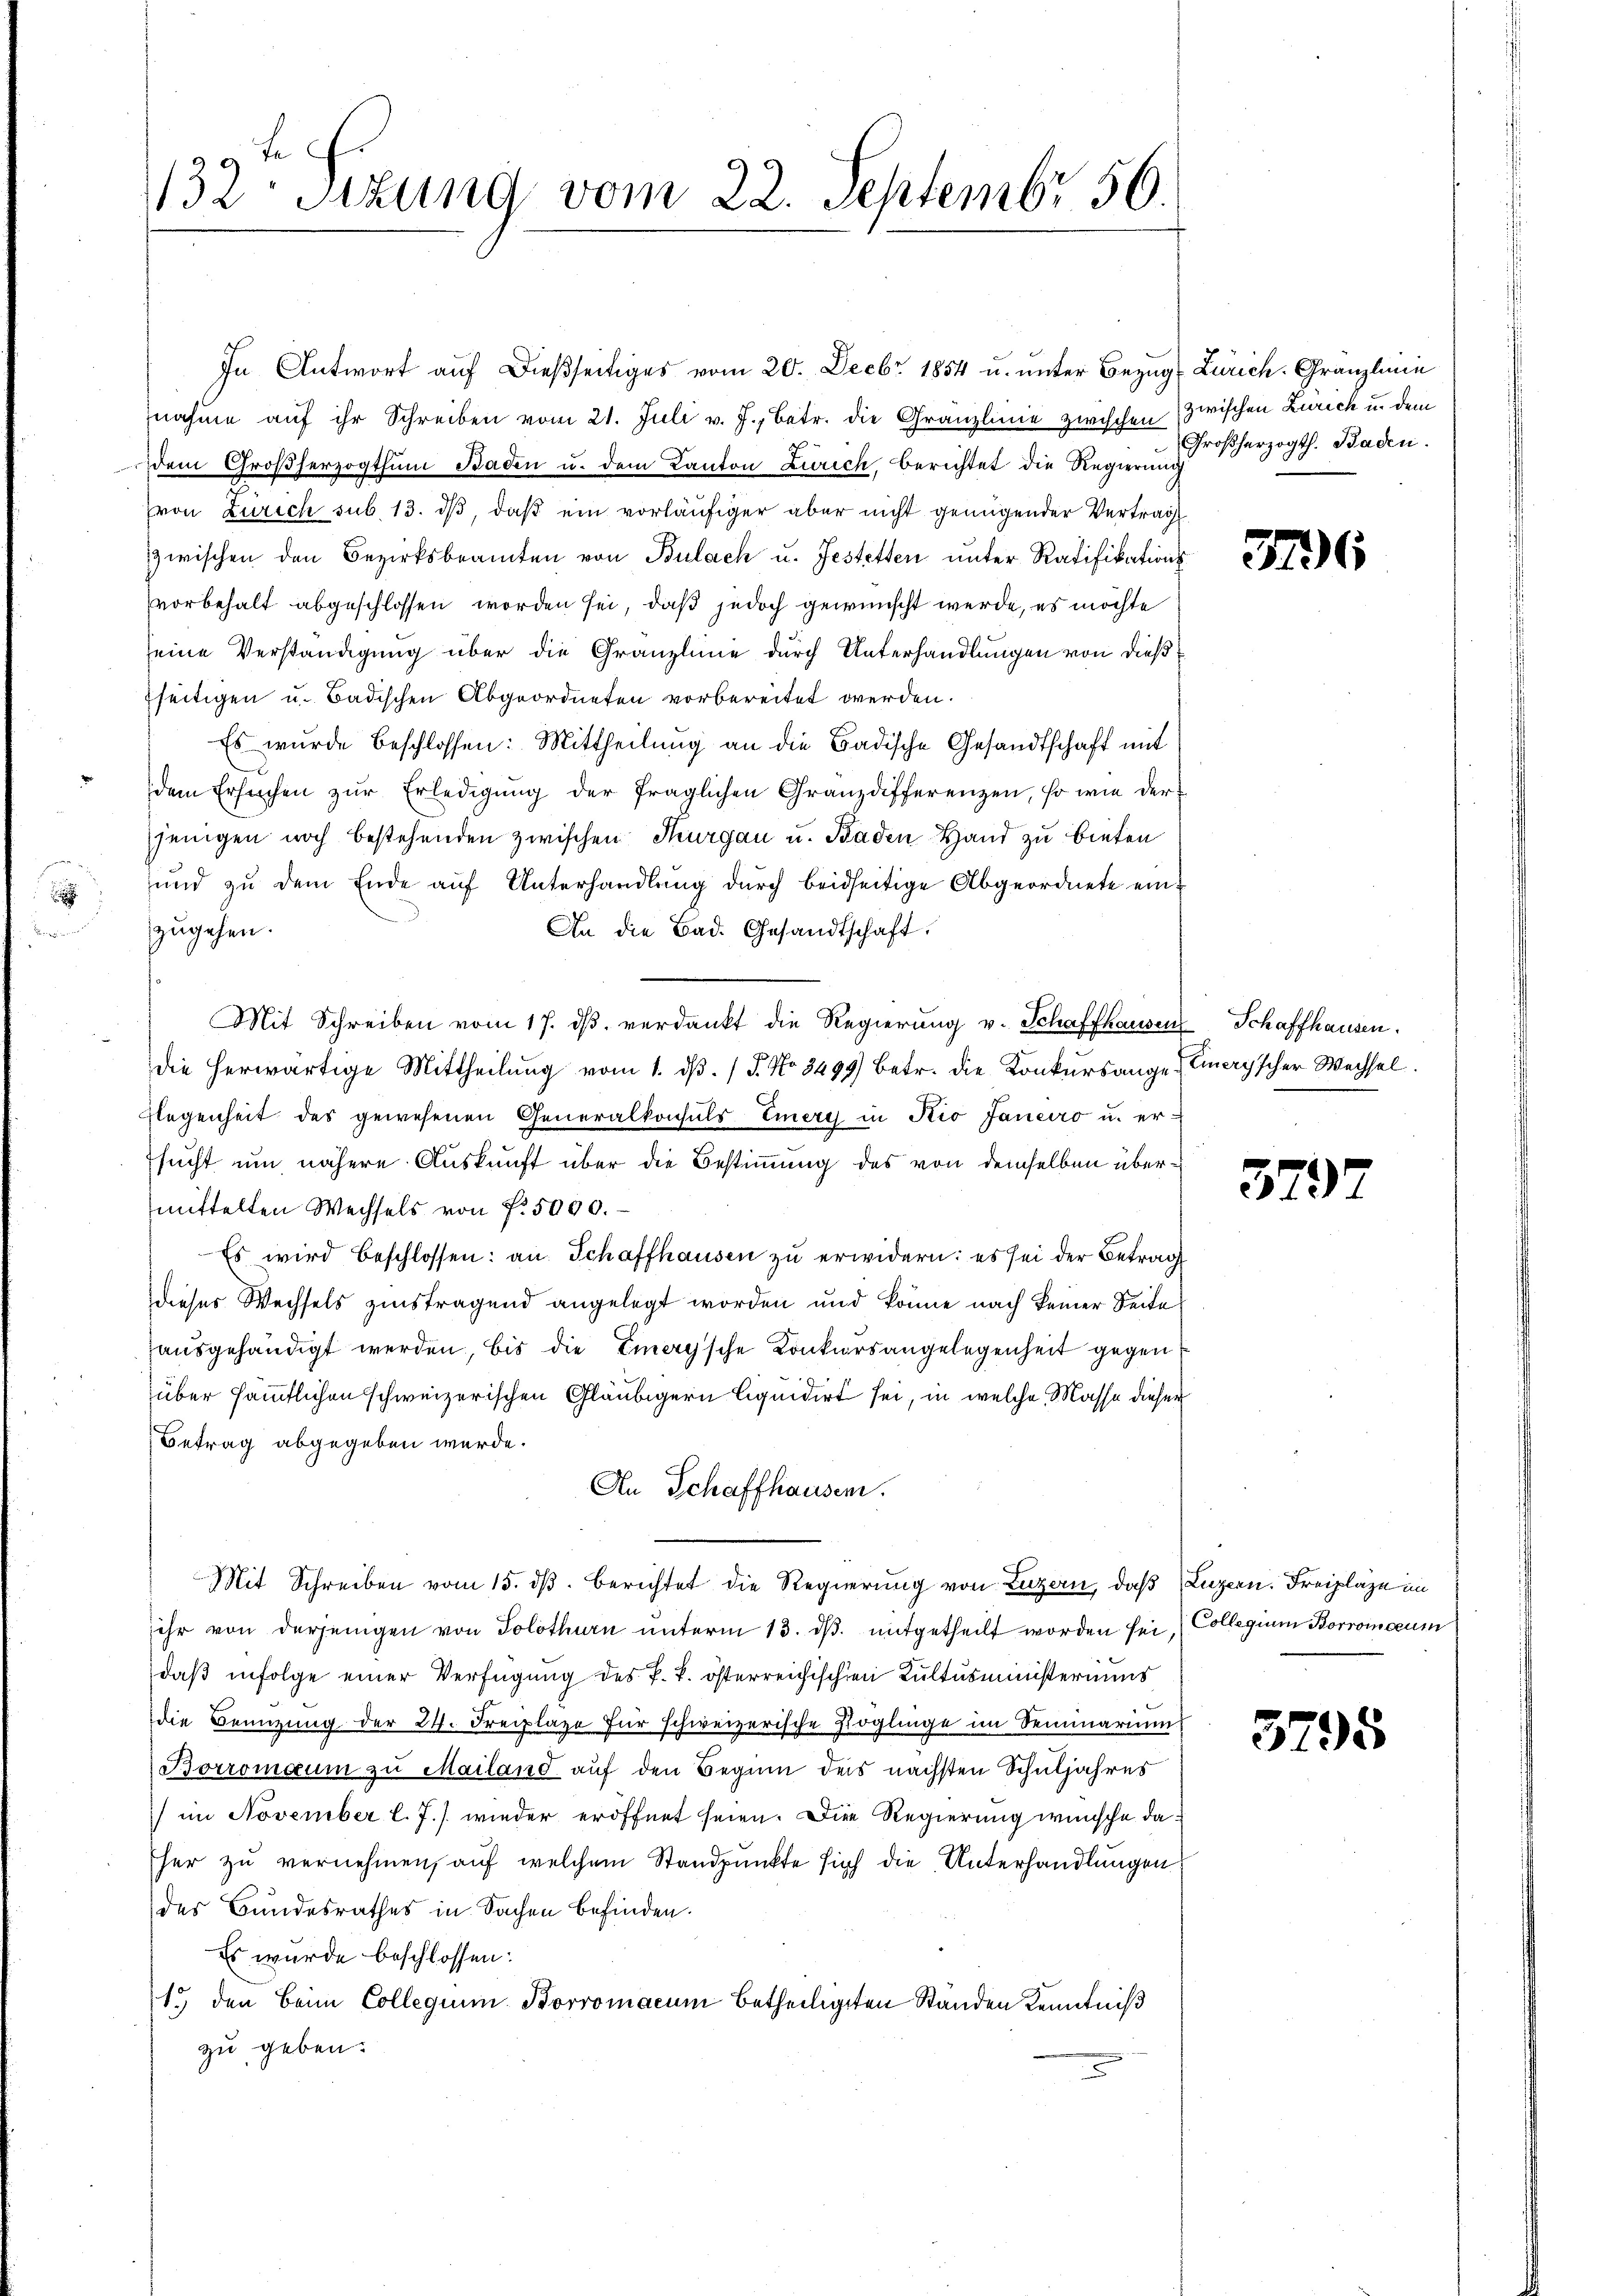
132 Sizung vom 22. Septembr 56.

In Antwort auf dießseitiges vom 20. Decbr 1854 u. unter Bezug Zürich. Granzlinie
nahme aŭf ihr Schreiben vom 21. Juli v. J., betr. die Granzlinie zwischen (zwischen Zürich u. dem
dem Großherzogthum Baden u. dem Kanton Zürich, berichtet die Regierŭng
von Zürich sub. 13. dβ, daß ein vorläufiger aber nicht genügender Vertrag
zwischen den Bezirksbeamten von Bulach u. Jestetten unter Ratifikationsvorbehalt abgeschlossen worden sei, daß jedoch gewünscht werde, es möchte
seine Verständigung über die Granzlinie durch Unterhandlungen von dießfseitigen u. Badischen Abgeordneten vorbereitet werden.
Es wurde beschlossen: Mittheilŭng an die Badische Gesandtschaft mit
dem Ersuchen zŭr Erledigŭng der fraglichen Granzdifferenzen, so wie derjenigen noch bestehenden zwischen Thurgau u. Baden Hand zu bieten
und zŭ dem Ende aŭf Unterhandlŭng dŭrch beidseitige Abgeordnete einzugehen.
An die Bad. Gesandtschaft.
Mit Schreiben vom 17. dβ verdankt die Regierŭng v. Schaffhausen Schaffhausen,
die herwärtige Mittheilŭng vom 1. dβ. / 5. No 3499) betr. die Konkursange Emery'scher Wechsel.
Rlegenheit des gewesenen Generalkonsuls Einers in Kio Janeiro u. er-
sucht um nähere Auskunft über die Bestimmung des von demselben übermittelten Wechsels von Fr. 5000.
Es wird beschlossen: an Schaffhausen zu erwidern: es sei der Betrag
dieses Wechsels zinsfragend angelegt worden und könne nach keiner Seite
ausgehändigt werden, bis die Eierysche Konkursangelegenheit gegen
über sämmtlichen schweizerischen Gläubigern liquidirt sei, in welche Masse dieser
Betrag abgegeben werde.
An Schaffhausen.
Mit Schreiben vom 15. dβ berichtet die Regierung von Luzern, daß Luzern. Freiplaze im
ehr von derjenigen von Solothurn unterm 13. ds. mitgetheilt worden sei, (Collegium Borroicum
daß infolge einer Verfügung des P. k. österreichischen Kultusministeriums
die Benuzung der 24. Freiplaze für schweizerische Zöglinge im Seminarium
Borromaum zu Mailand auf den Beginn des nächsten Schuljahres
) im November l. J.) wieder eröffnet seien. Die Regierung wünsche daher zu vernehmen, auf welchem Standpunkte sich die Unterhandlungen
des Bundesrathes in Sachen befinden.
Es wurde beschlossen:
1.) den Beim Collegium Borromacum betheiligten Ständen Kenntniß
zu geben.

Großherzogth. Baden.

376

379

3795